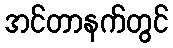
အင်တာနက်တွင်